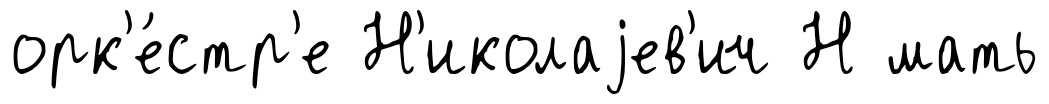
орк'е́стр'е Н'иколаjев'ич Н мать